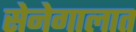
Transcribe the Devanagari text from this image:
सेनेगालात